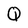
Character: Q